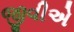
જીવીએ